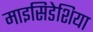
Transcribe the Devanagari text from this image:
माइसिडेशिया